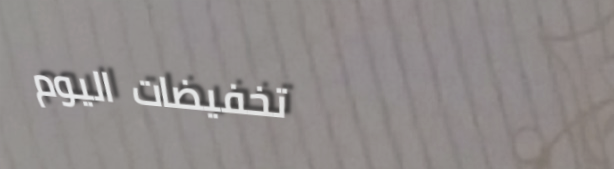
تخفيضات اليوم